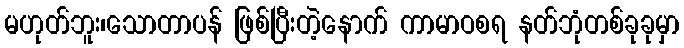
မဟုတ်ဘူး၊သောတာပန် ဖြစ်ပြီးတဲ့နောက် ကာမာဝစရ နတ်ဘုံတစ်ခုခုမှာ